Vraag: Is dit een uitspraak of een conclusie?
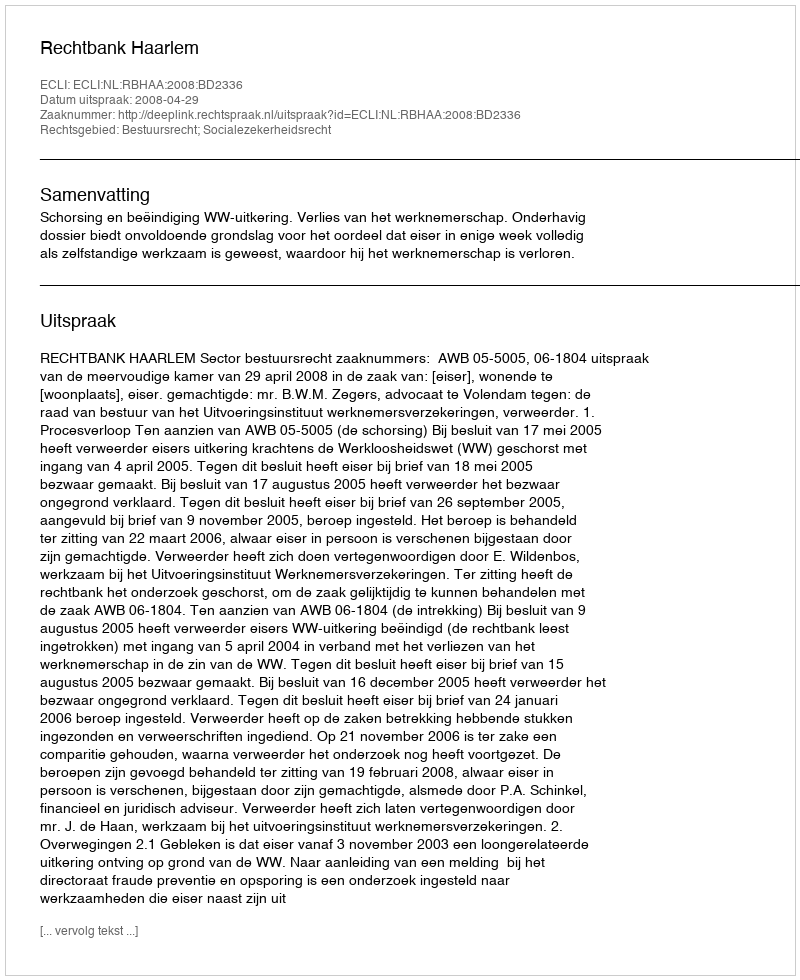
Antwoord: Uitspraak